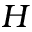
H